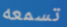
تسمعه